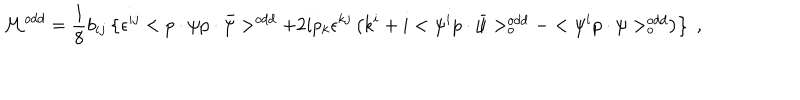
{ \cal M } ^ { o d d } = \frac 1 8 b _ { i j } \left\{ \epsilon ^ { i j } < p \cdot \psi p \cdot \bar { \psi } > ^ { o d d } + 2 i p _ { k } \epsilon ^ { k j } \left( k ^ { i } + i < \psi ^ { i } p \cdot \bar { \psi } > _ { o } ^ { o d d } - < \psi ^ { i } p \cdot \psi > _ { o } ^ { o d d } \right) \right\} \; ,